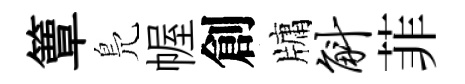
簟鳬幄創牗斛菲